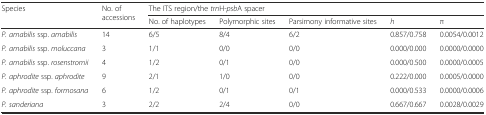
<table><thead><tr><td rowspan="2"><b>Species</b></td><td rowspan="2"><b>No. of accessions</b></td><td colspan="5"><b>The ITS region/the <i>trn</i>H-<i>psb</i>A spacer</b></td></tr><tr><td><b>No. of haplotypes</b></td><td><b>Polymorphic sites</b></td><td><b>Parsimony informative sites</b></td><td><b><i>h</i></b></td><td><b>π</b></td></tr></thead><tbody><tr><td><i>P. amabilis</i> ssp. <i>amabilis</i></td><td>14</td><td>6/5</td><td>8/4</td><td>6/2</td><td>0.857/0.758</td><td>0.0054/0.0012</td></tr><tr><td><i>P. amabilis</i> ssp. <i>moluccana</i></td><td>3</td><td>1/1</td><td>0/0</td><td>0/0</td><td>0.000/0.000</td><td>0.0000/0.0000</td></tr><tr><td><i>P. amabilis</i> ssp. <i>rosenstromii</i></td><td>4</td><td>1/2</td><td>0/1</td><td>0/0</td><td>0.000/0.500</td><td>0.0000/0.0005</td></tr><tr><td><i>P. aphrodite</i> ssp. <i>aphrodite</i></td><td>9</td><td>2/1</td><td>1/0</td><td>0/0</td><td>0.222/0.000</td><td>0.0005/0.0000</td></tr><tr><td><i>P. aphrodite</i> ssp. <i>formosana</i></td><td>6</td><td>1/2</td><td>0/1</td><td>0/1</td><td>0.000/0.533</td><td>0.0000/0.0006</td></tr><tr><td><i>P. sanderiana</i></td><td>3</td><td>2/2</td><td>2/4</td><td>0/0</td><td>0.667/0.667</td><td>0.0028/0.0029</td></tr></tbody></table>